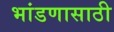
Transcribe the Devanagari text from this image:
भांडणासाठी